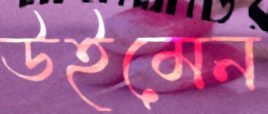
উইমেন